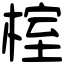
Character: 榁